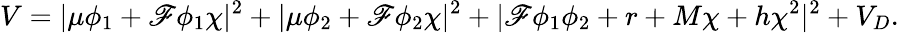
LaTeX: V=|\mu\phi_{1}+\mathscr{F}\phi_{1}\chi|^{2}+|\mu\phi_{2}+\mathscr{F}\phi_{2}\chi|^{2}+|\mathscr{F}\phi_{1}\phi_{2}+r+M\chi+h\chi^{2}|^{2}+V_{D}.